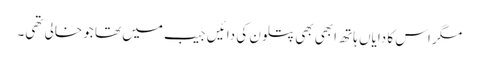
مگر اس کا دایاں ہاتھ ابھی بھی پتلون کی دائیں جیب میں تھا جو خالی تھی۔